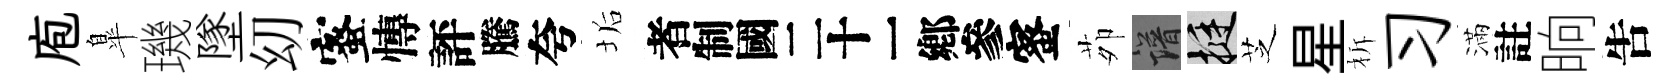
庖臯璣墜㓜蜜慱評騰夸垢识蜜茆譜挺芝星柝习滿註晌吿